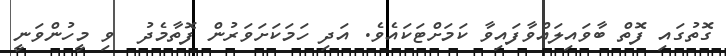
ގޮތުގައި ފޮތް ބާވައިލައްވާފައިވާ ކަމަށްޓަކައެވެ. އަދި ހަމަކަށަވަރުން ފޮތާމެދު  ވި މީހުންވަނީ